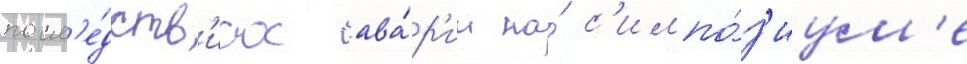
посл'е́дств'иах ава́р'ии на́ с'импо́з'иум'е